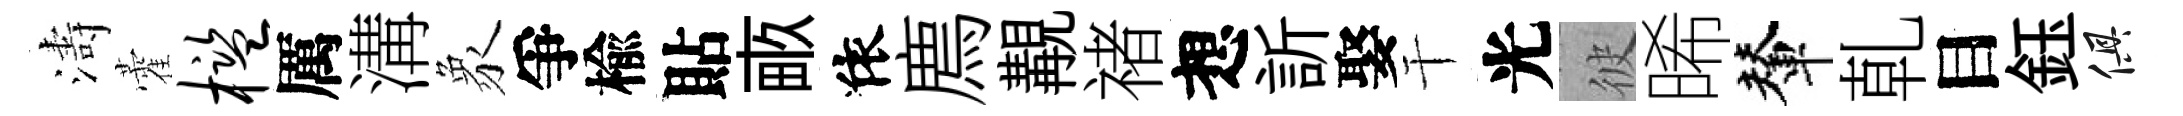
濤藿槛厲溝象爭楡貼畞依廌覯禇想訢娶干光彼晞輦乹目鈺俱